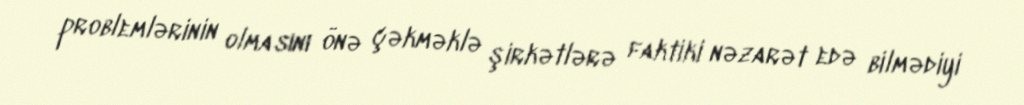
problemlərinin olmasını önə çəkməklə şirkətlərə faktiki nəzarət edə bilmədiyi